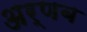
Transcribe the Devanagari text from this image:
अर्णब